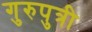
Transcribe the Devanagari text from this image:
गुरुपुत्री